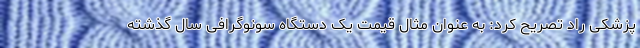
پزشکی راد تصریح کرد: به عنوان مثال قیمت یک دستگاه سونوگرافی سال گذشته